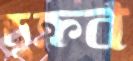
ডুক্‌রব